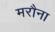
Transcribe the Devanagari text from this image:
मरौना